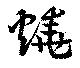
燒